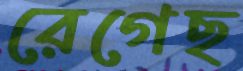
রেগেছ